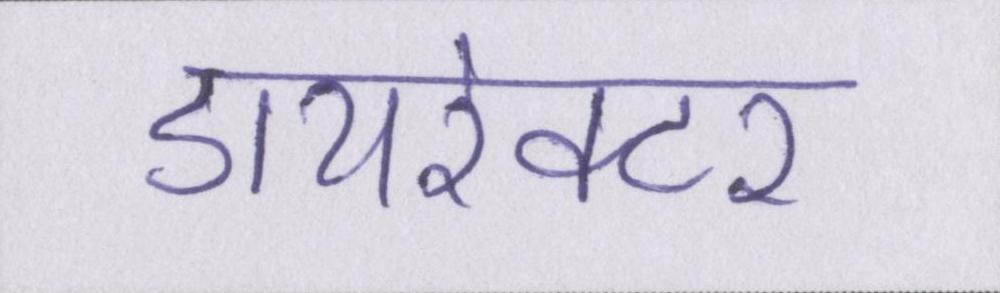
डायरेक्टर